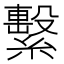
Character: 繫